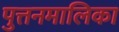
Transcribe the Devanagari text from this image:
पुत्तनमालिका